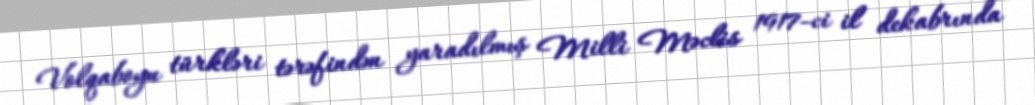
Volqaboyu türkləri tərəfindən yaradılmış Milli Məclis 1917-ci il dekabrında